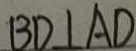
B D \bot A D